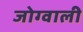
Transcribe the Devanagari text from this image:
जोग्वाली